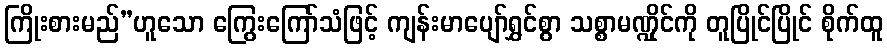
ကြိုးစားမည်”ဟူသော ကြွေးကြော်သံဖြင့် ကျန်းမာပျော်ရွှင်စွာ သစ္စာမဏ္ဍိုင်ကို တူပြိုင်ပြိုင် စိုက်ထူ